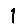
Digit: 1